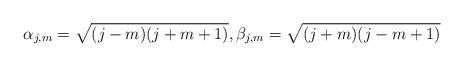
LaTeX: \begin{align*}\alpha_{j,m}=\sqrt{(j-m)(j+m+1)},\beta_{j,m}=\sqrt{(j+m)(j-m+1)}\end{align*}